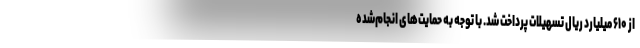
از ۶۱۰ میلیارد ریال تسهیلات پرداخت شد. با توجه به حمایت‌های انجام‌شده